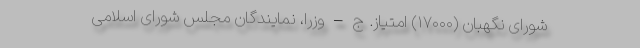
شورای نگهبان (۱۷۰۰۰) امتیاز. ج – وزرا، نمایندگان مجلس شورای اسلامی